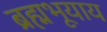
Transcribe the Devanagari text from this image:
ब्रह्मभूयाय